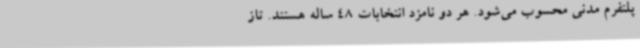
پلتفرم مدنی محسوب می‌شود. هر دو نامزد انتخابات 48 ساله هستند. تاز